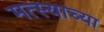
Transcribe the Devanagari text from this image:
मत्स्याच्या